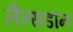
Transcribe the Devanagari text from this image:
लैन्सडौन